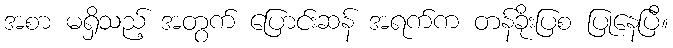
အစာ မရှိသည့် အတွက် ပြောင်းဆန် အရက်က တန်ခိုးပြစ ပြုနေပြီ။